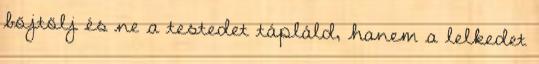
böjtölj és ne a testedet tápláld, hanem a lelkedet